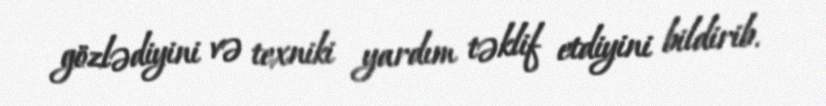
gözlədiyini və texniki yardım təklif etdiyini bildirib.